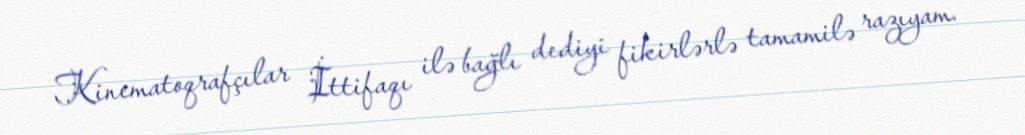
Kinematoqrafçılar İttifaqı ilə bağlı dediyi fikirlərlə tamamilə razıyam.